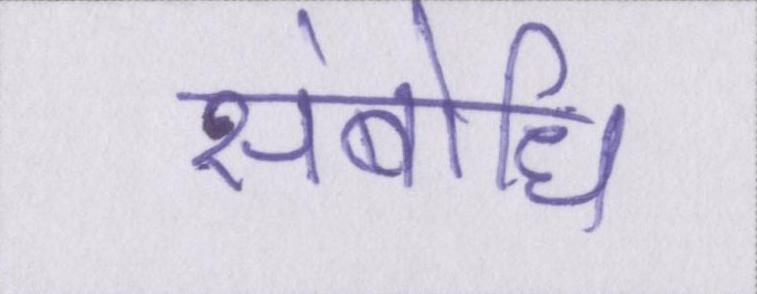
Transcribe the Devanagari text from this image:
संबोधि